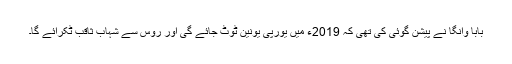
بابا وانگا نے پیشن گوئی کی تھی کہ 2019ء میں یورپی یونین ٹوٹ جائے گی اور روس سے شہاب ثاقب ٹکرائے گا۔